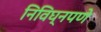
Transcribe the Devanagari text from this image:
निविघ्नपणे